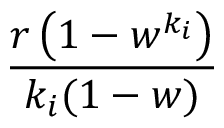
\frac { r \left( 1 - w ^ { k _ { i } } \right) } { k _ { i } ( 1 - w ) }